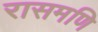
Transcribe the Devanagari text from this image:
रासमणि